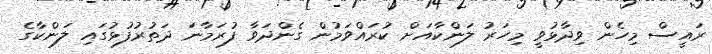
ރައީސް މިހެން ވިދާޅުވީ މިހަރު ލަންކާއަށް ކުރައްވަމުން ގެންދަވާ ފުރަމާނަ ދަތުރުފުޅުގައި ލަންކާގެ